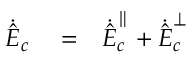
\begin{array} { r l r } { \dot { \hat { \boldsymbol E } } _ { c } } & { { } = } & { \dot { \hat { \boldsymbol E } } _ { c } ^ { \parallel } + \dot { \hat { \boldsymbol E } } _ { c } ^ { \perp } } \end{array}